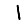
Digit: 1